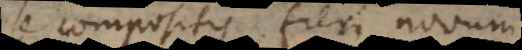
se compositis fieri novum